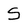
Character: S